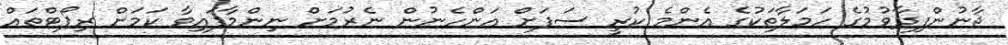
ޖާނުންފިދާވުމުގެ ހަމަލާތަކުގެ އެންމެ ކުރީ ސަފަށް އަންހެނުން ނެރުމަށް ނިންމާފައިވާ ކަމަށް ރިޕޯޓްތައް